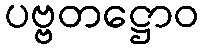
ပဗ္ဗတဋ္ဌောဝ